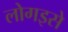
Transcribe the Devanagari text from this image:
लोगइसे